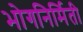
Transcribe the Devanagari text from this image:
भोगनिर्मिती